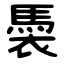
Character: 䮍